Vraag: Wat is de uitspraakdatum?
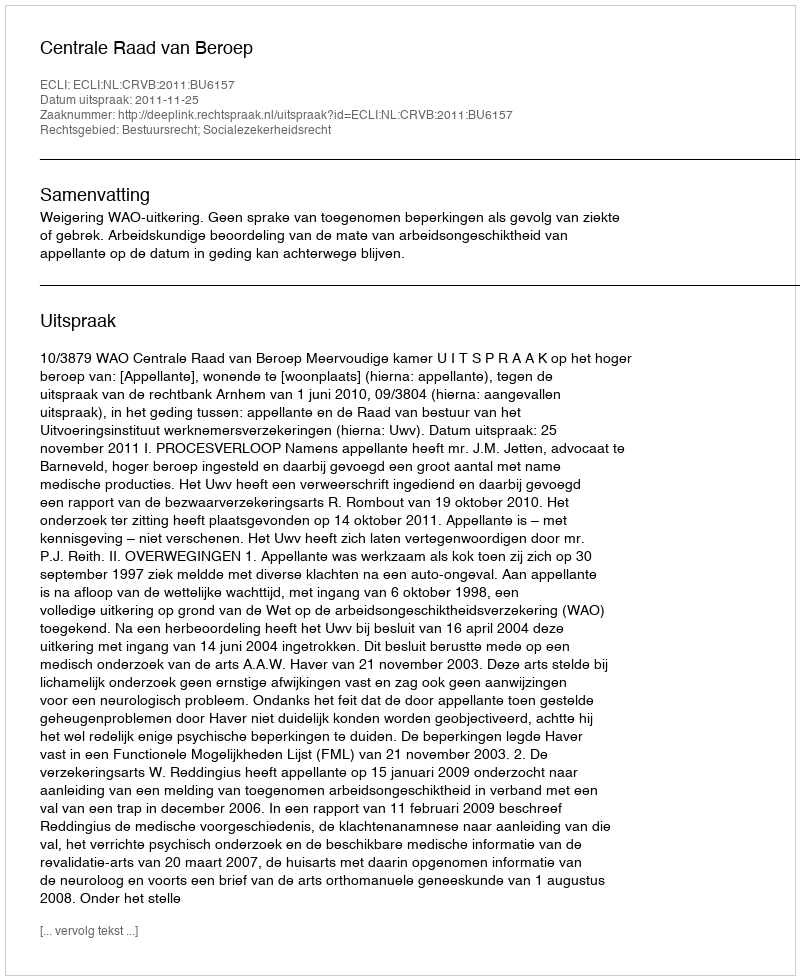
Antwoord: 2011-11-25